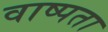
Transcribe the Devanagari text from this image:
वाष्पता